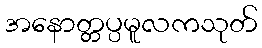
အနောတ္တပ္ပမူလကသုတ်